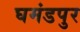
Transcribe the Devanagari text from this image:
घमंडपुर